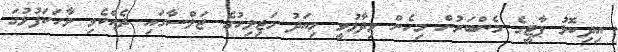
އިދިކޮޅު ޕާޓީގެ މެންބަރުން މިހެން ވިދާޅުވީ މިއަދު މަޖިލިހުގެ ޖަލްސާގައި ދެއްކެވި ވާހަކަފުޅުގަ